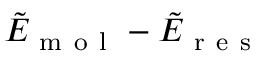
\tilde { E } _ { \mathrm { ~ m ~ o ~ l ~ } } - \tilde { E } _ { \mathrm { ~ r ~ e ~ s ~ } }